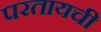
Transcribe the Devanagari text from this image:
परतायची